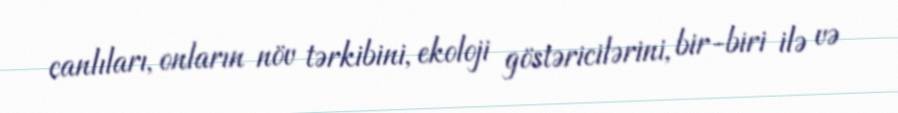
canlıları, onların növ tərkibini, ekoloji göstəricilərini, bir-biri ilə və